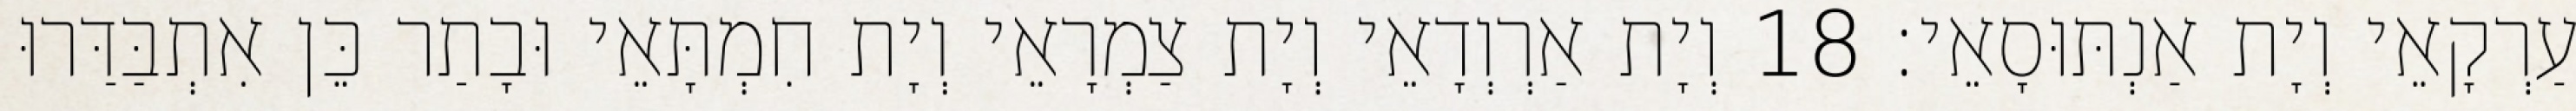
עַרְקָאֵי וְיָת אַנְתּוּסָאֵי׃ 18 וְיָת אַרְוְדָאֵי וְיָת צַמְרָאֵי וְיָת חִמְתָּאֵי וּבָתַר כֵּן אִתְבַּדַּרוּ